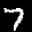
Label: 7